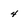
Character: 4